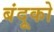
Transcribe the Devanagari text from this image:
बंदूको